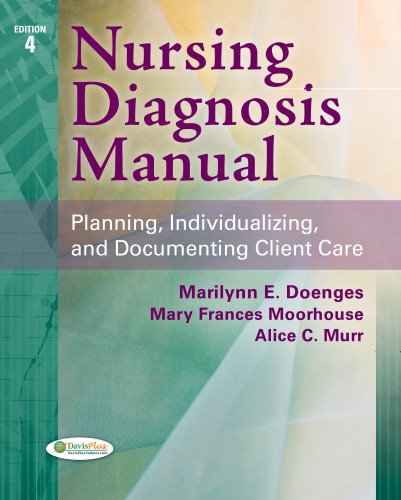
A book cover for Nursing Diagnosis Manual: Planning, Individualizing, and Documenting Client Care; Marilynn E. Doenges APRN  BC-retired; Medical Books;